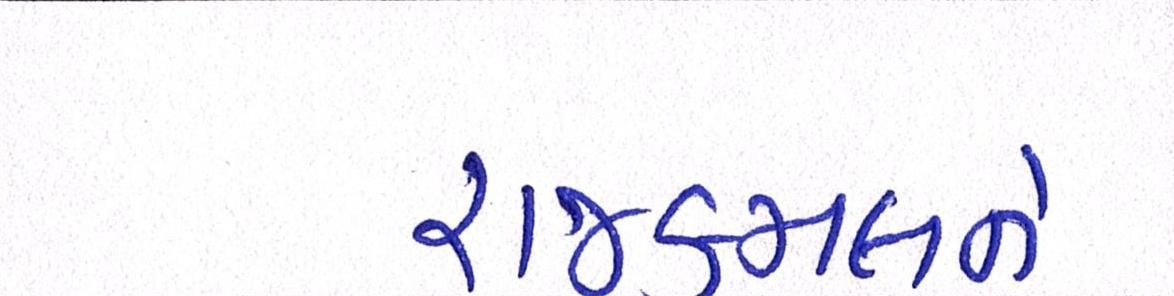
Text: રાજકમલને